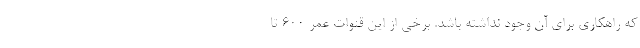
که راهکاری برای آن وجود نداشته باشد. برخی از این قنوات عمر ۶۰۰ تا